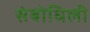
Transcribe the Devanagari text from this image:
संबोधिली